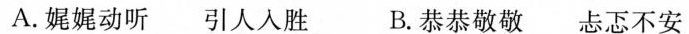
A.娓娓动听 引人入胜 B.恭恭敬敬 忐忑不安